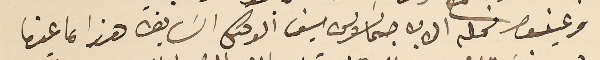
وعينوا محله الاب جماىوس سيف الوكىل السَابق هذا ما عندىا